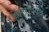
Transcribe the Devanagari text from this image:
हेक्टरांपर्यंत